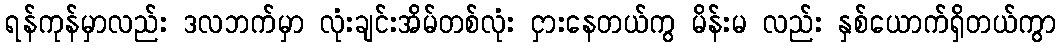
ရန်ကုန်မှာလည်း ဒလဘက်မှာ လုံးချင်းအိမ်တစ်လုံး ငှားနေတယ်ကွ မိန်းမ လည်း နှစ်ယောက်ရှိတယ်ကွာ